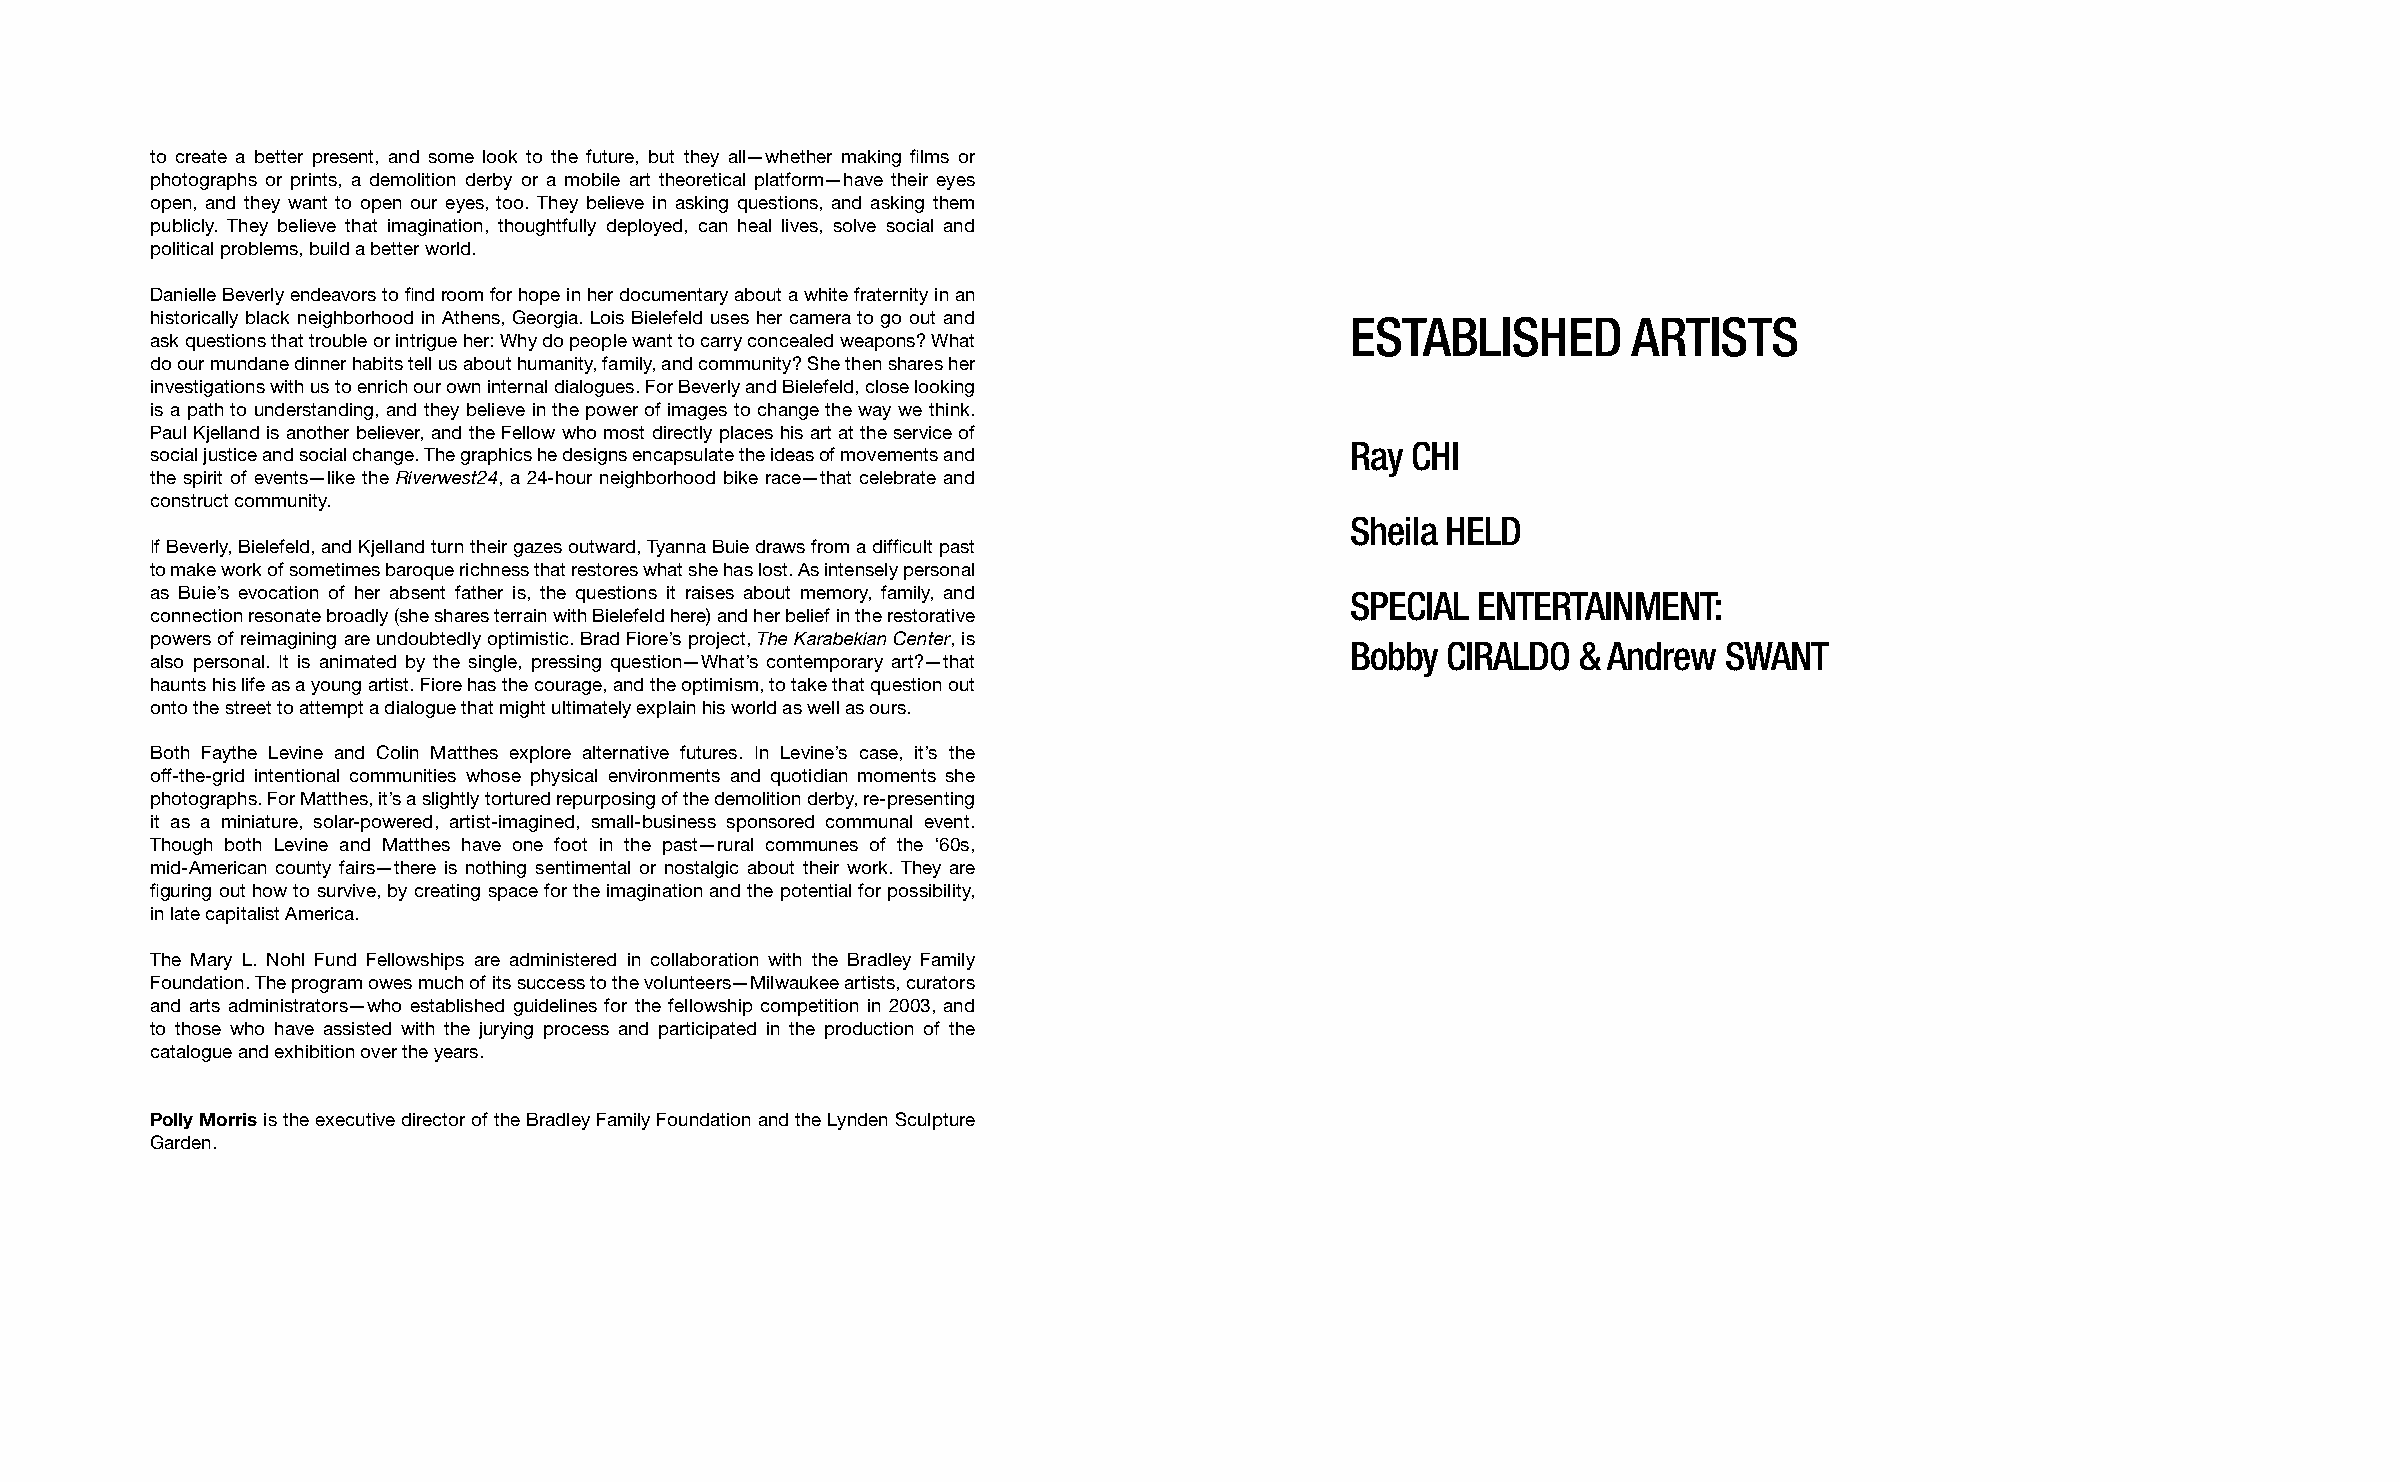
to create a better present, and some look to the future, but they all—whether making films or
 photographs or prints, a demolition derby or a mobile art theoretical platform—have their eyes
 open, and they want to open our eyes, too. They believe in asking questions, and asking them
 publicly. They believe that imagination, thoughtfully deployed, can heal lives, solve social and
 political problems, build a better world.
 Danielle Beverly endeavors to find room for hope in her documentary about a white fraternity in an
 historically black neighborhood in Athens, Georgia. Lois Bielefeld uses her camera to go out and ESTABLISHED ARTISTS
 ask questions that trouble or intrigue her: Why do people want to carry concealed weapons? What
 do our mundane dinner habits tell us about humanity, family, and community? She then shares her
 investigations with us to enrich our own internal dialogues. For Beverly and Bielefeld, close looking
 is a path to understanding, and they believe in the power of images to change the way we think.
 Paul Kjelland is another believer, and the Fellow who most directly places his art at the service of
 Ray CHI
 social justice and social change. The graphics he designs encapsulate the ideas of movements and
 the spirit of events—like the Riverwest24, a 24-hour neighborhood bike race—that celebrate and
 construct community.
 Sheila HELD
 If Beverly, Bielefeld, and Kjelland turn their gazes outward, Tyanna Buie draws from a difficult past
 to make work of sometimes baroque richness that restores what she has lost. As intensely personal
 as Buie’s evocation of her absent father is, the questions it raises about memory, family, and SPECIAL ENTERTAINMENT:
 connection resonate broadly (she shares terrain with Bielefeld here) and her belief in the restorative
 powers of reimagining are undoubtedly optimistic. Brad Fiore’s project, The Karabekian Center, is
 Bobby  CIRALDO  & Andrew SWANT
 also personal. It is animated by the single, pressing question—What’s contemporary art?—that
 haunts his life as a young artist. Fiore has the courage, and the optimism, to take that question out
 onto the street to attempt a dialogue that might ultimately explain his world as well as ours.
 Both Faythe Levine and Colin Matthes explore alternative futures. In Levine’s case, it’s the
 off-the-grid intentional communities whose physical environments and quotidian moments she
 photographs. For Matthes, it’s a slightly tortured repurposing of the demolition derby, re-presenting
 it as a miniature, solar-powered, artist-imagined, small-business sponsored communal event.
 Though both Levine and Matthes have one foot in the past—rural communes of the ‘60s,
 mid-American county fairs—there is nothing sentimental or nostalgic about their work. They are
 figuring out how to survive, by creating space for the imagination and the potential for possibility,
 in late capitalist America.
 The Mary L. Nohl Fund Fellowships are administered in collaboration with the Bradley Family
 Foundation. The program owes much of its success to the volunteers—Milwaukee artists, curators
 and arts administrators—who established guidelines for the fellowship competition in 2003, and
 to those who have assisted with the jurying process and participated in the production of the
 catalogue and exhibition over the years.
 Polly Morris is the executive director of the Bradley Family Foundation and the Lynden Sculpture
 Garden.